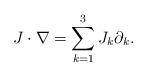
LaTeX: \begin{align*}J \cdot \nabla = \sum_{k=1}^3 J_k \partial_k.\end{align*}